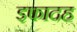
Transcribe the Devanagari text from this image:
इफादह